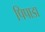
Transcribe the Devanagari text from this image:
पिपाडा